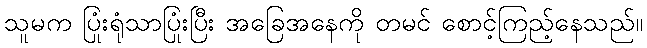
သူမက ပြုံးရုံသာပြုံးပြီး အခြေအနေကို တမင် စောင့်ကြည့်နေသည်။